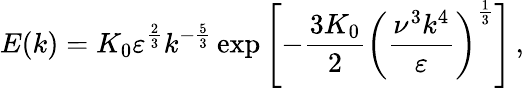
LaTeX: E(k)=K_{0}\varepsilon^{\frac{2}{3}}k^{-{\frac{5}{3}}}\exp\left[-{\frac{3K_{0}}{2}}\left({\frac{\nu^{3}k^{4}}{\varepsilon}}\right)^{\frac{1}{3}}\right]\, ,